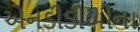
એનડીડીબીના